Leaving Certificate Examination, 1925
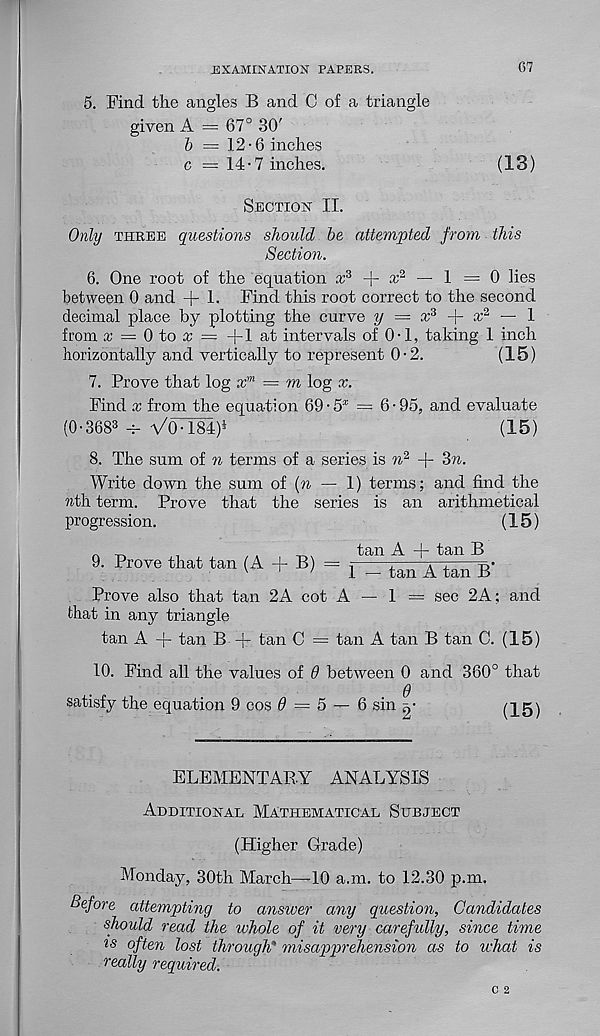
EXAMINATION PAPERS.
67
5. Find the angles B and C of a triangle
given A = 67° 30'
& = 12-6 inches
c = 14-7 inches.
(13)
Section II.
Only three questions should he attempted from this
Section.
6. One root of the equation x 3
x 2 — 1 = 0 lies
between 0 and + 1. Find this root correct to the second
decimal place by plotting the curve y = x 3 f- x 2 — 1
from x = 0 to x — -|-1 at intervals of 0-1, taking 1 inch
horizontally and vertically to represent 0-2.
(15)
7. Prove that log x m — m log x.
Find x from the equation 69 • 5 X = 6 • 95, and evaluate
(0-368 3 -r- VO-TSI)*
(15)
8. The sum of n terms of a series is n 2 + 8)i.
Write down the sum of {n — 1) terms; and find the
rath term. Prove that the series is an arithmetical
progression.
(15)
^
,
a
^
Wn ^ ~r f an B
9. Prove that tan (A + B) = t _ tan A tan B -
Prove also that tan 2A cot A — 1 = sec 2A; and
that in any triangle
tan A + tan B + tan C = tan A tan B tan C. (15)
10. Find all the values of d between 0 and 360° that
Q
satisfy the equation 9 cos 0 = 5 — 6 sin
(15)
ELEMENTARY ANALYSIS
Additional Mathematical Subject
(Higher Grade)
Monday, 30th March—-10 a.m. to 12.30 p.m.
Before attempting to answer any question, Candidates
should read the whole of it very carefully, since time
is often lost through" misapprehension as to what is
really required.